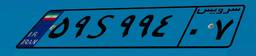
۴۷S۷۰۳۸۱